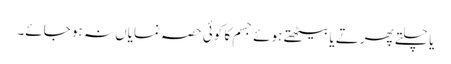
یا چلتے پھرتے یا بیٹھتے ہوئے جسم کا کوئی حصہ نمایاں نہ ہو جائے۔